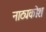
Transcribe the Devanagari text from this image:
नाट्यकोश